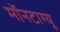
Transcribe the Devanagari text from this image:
मॉनटाग्यू